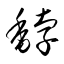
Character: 馞